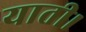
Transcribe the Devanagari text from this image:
याती।